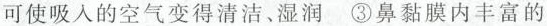
可使吸入的空气变得清洁、湿润 ③鼻黏膜内丰富的